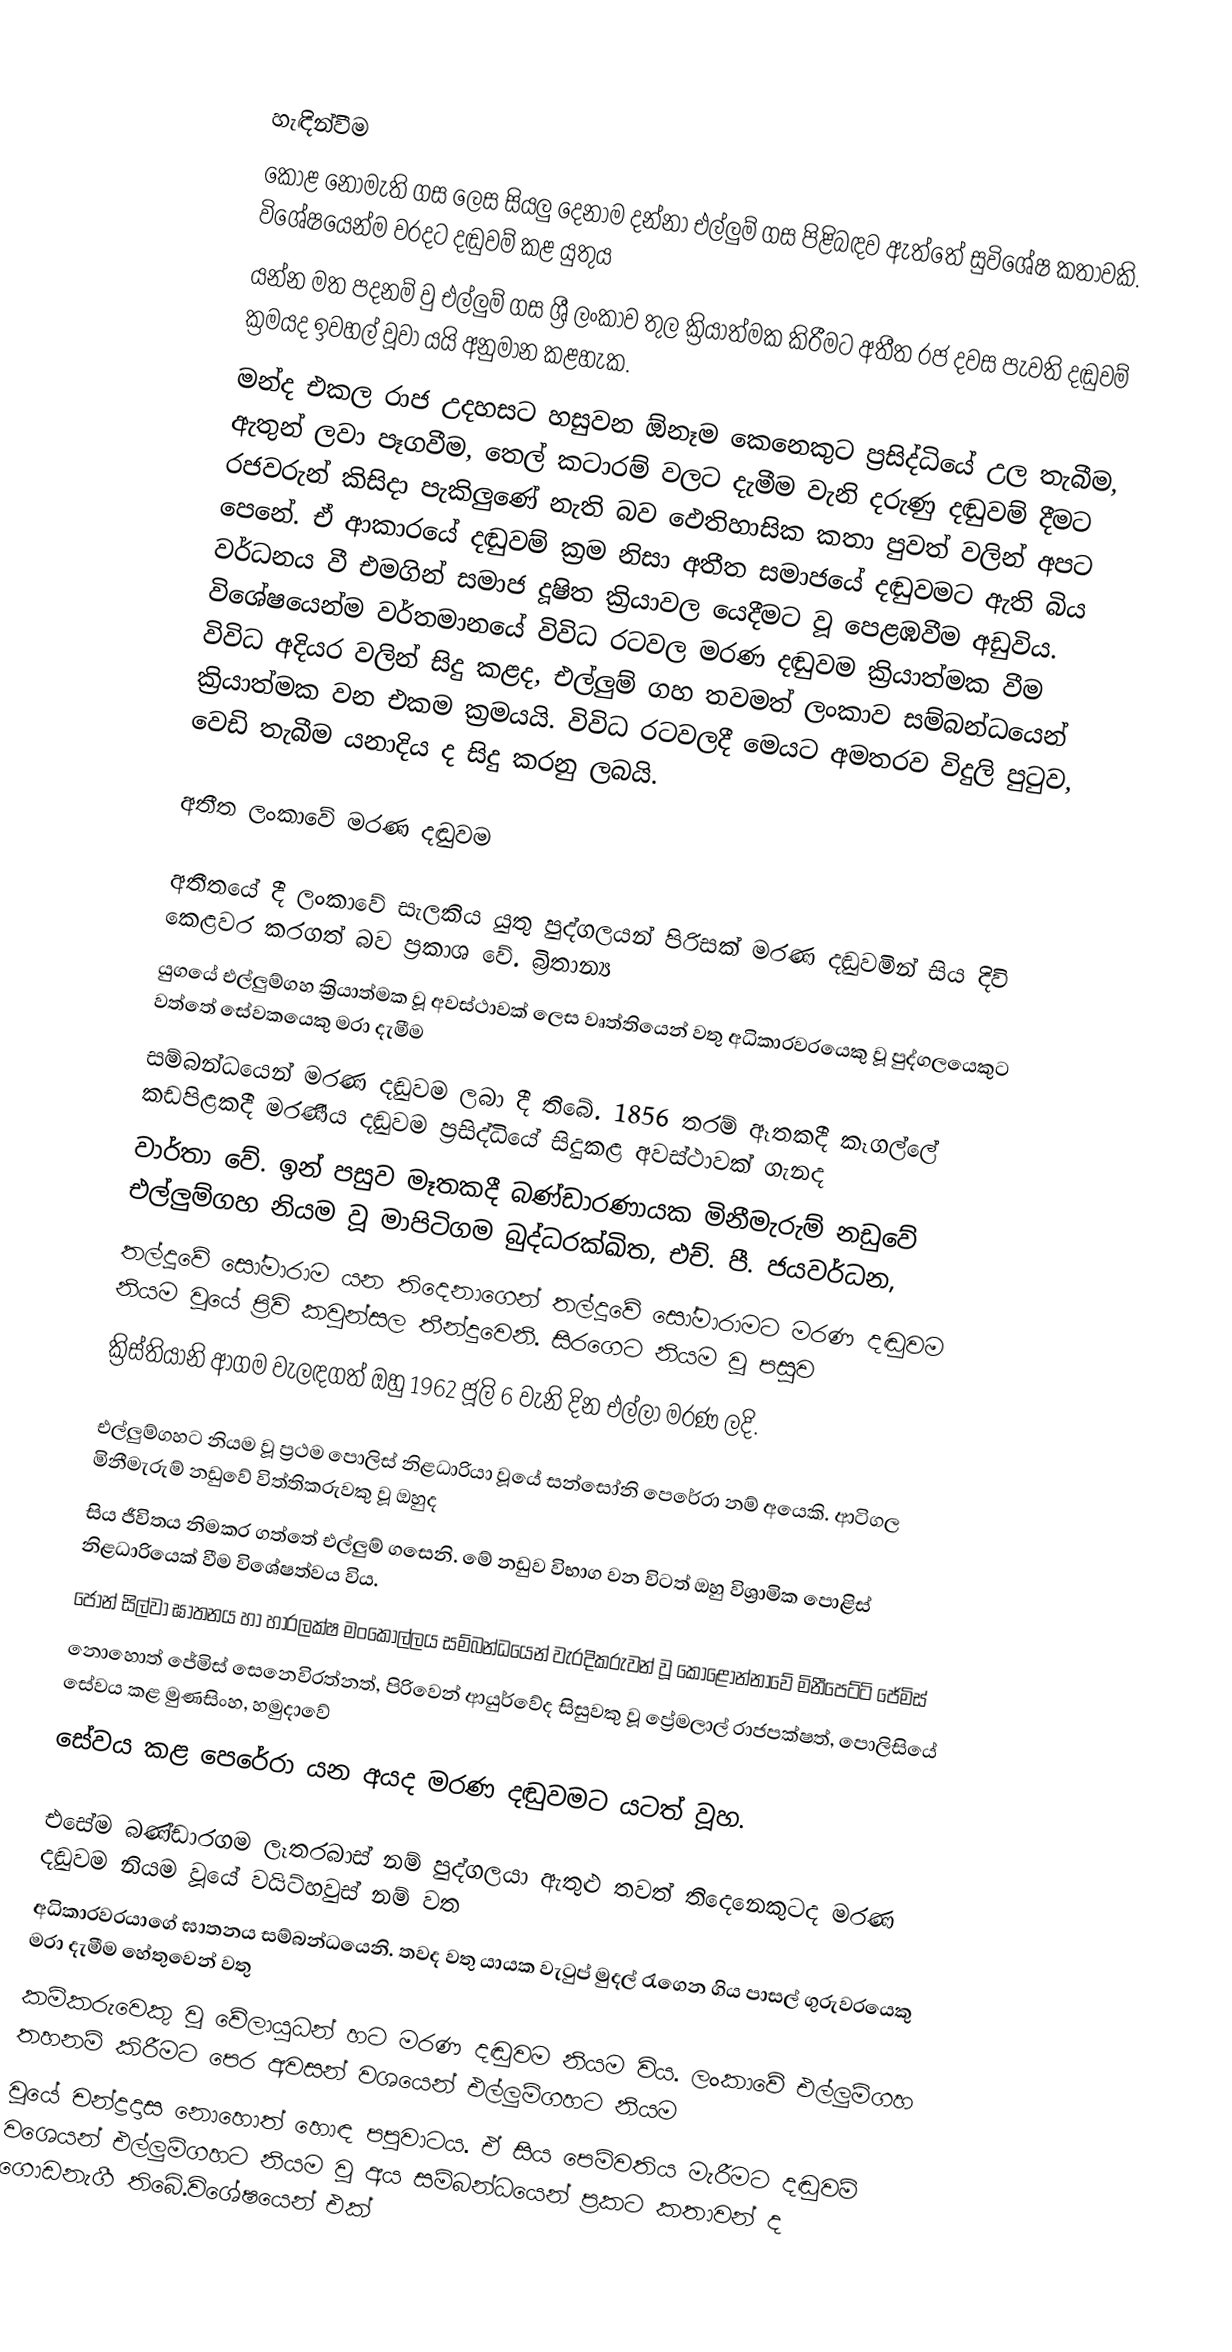

හැඳින්වීම
කොළ නොමැති ගස ලෙස සියලු දෙනාම දන්නා එල්ලුම් ගස පිළිබඳව ඇත්තේ සුවිශේෂ  කතාවකි. විශේෂයෙන්ම වරදට දඬුවම් කළ යුතුය
යන්න මත පදනම් වු එල්ලුම් ගස ශ්‍රී ලංකාව තුල ක්‍රියාත්මක කිරීමට අතීත රජ දවස පැවති දඬුවම් ක්‍රමයද ඉවහල් වූවා යයි අනුමාන කළහැක.
මන්ද එකල රාජ උදහසට හසුවන ඕනෑම කෙනෙකුට ප්‍රසිද්ධියේ උල තැබීම, ඇතුන් ලවා පෑගවීම, තෙල් කටාරම් වලට දැමීම වැනි දරුණු දඬුවම් දීමට රජවරුන් කිසිදා පැකිලුණේ නැති බව ඵෙතිහාසික කතා පුවත් වලින් අපට පෙනේ. ඒ ආකාරයේ දඬුවම් ක්‍රම නිසා අතීත සමාජයේ දඬුවමට ඇති බිය වර්ධනය වී එමගින් සමාජ දූෂිත ක්‍රියාවල යෙදීමට වූ පෙළඹවීම අඩුවිය. විශේෂයෙන්ම වර්තමානයේ විවිධ රටවල මරණ දඬුවම ක්‍රියාත්මක වීම විවිධ අදියර වලින් සිදු කළද, එල්ලුම් ගහ තවමත් ලංකාව සම්බන්ධයෙන් ක්‍රියාත්මක වන එකම ක්‍රමයයි. විවිධ රටවලදී මෙයට අමතරව විදුලි පුටුව, වෙඩි තැබීම යනාදිය ද සිදු කරනු ලබයි.

අතීත ලංකාවේ මරණ දඬුවම

අතීතයේ දී ලංකාවේ සැලකිය යුතු පුද්ගලයන් පිරිසක් මරණ දඬුවමින් සිය දිවි කෙළවර කරගත් බව ප්‍රකාශ වේ. බ්‍රිතාන්‍ය
යුගයේ එල්ලුම්ගහ ක්‍රියාත්මක වූ අවස්ථාවක් ලෙස වෘත්තියෙන් වතු අධිකාරවරයෙකු වූ පුද්ගලයෙකුට වත්තේ ‍සේවකයෙකු මරා දැමීම
සම්බන්ධයෙන් මරණ දඬුවම ලබා දී තිබේ. 1856 තරම් ඈතකදී කෑගල්ලේ  කඩපිළකදී මරණීය දඬුවම ප්‍රසිද්ධියේ සිදුකළ අවස්ථාවක් ගැනද
වාර්තා වේ. ඉන් පසුව මෑතකදී බණ්ඩාරණායක මිනීමැරුම් නඩුවේ එල්ලුම්ගහ නියම වූ මාපිටිගම බුද්ධරක්ඛිත, එච්. පී. ජයවර්ධන,
තල්දූවේ සෝමාරාම යන තිදෙනාගෙන් තල්දූවේ සෝමාරාමට මරණ දඬුවම නියම වූයේ ප්‍රිවි කවුන්සල තීන්දුවෙනි. සිරගෙට නියම වූ පසුව
ක්‍රිස්තියානි ආගම වැලඳගත් ඔහු 1962 ජූලි 6 වැනි දින එල්ලා මරණ ලදි.

එල්ලුම්ගහට නියම වූ ප්‍රථම පොලිස් නිළධාරියා වූයේ සන්සෝනි පෙරේරා නම් අයෙකි. ආටිගල මිනීමැරුම් නඩුවේ විත්තිකරුවකු වූ ඔහුද
සිය ජීවිතය නිමකර ගත්තේ එල්ලුම් ගසෙනි. මේ නඩුව විභාග වන විටත් ඔහු විශ්‍රාමික පොළිස් නිළධාරියෙක් වීම විශේෂත්වය විය.
ජෝන් සිල්වා ඝාතනය හා හාරලක්ෂ මංකොල්ලය සම්බන්ධයෙන් වැරදිකරුවන් වූ කොළොන්නාවේ මිනීපෙට්ටි ජේමිස්
නොහොත් ජේමිස් සෙනෙවිරත්නත්, පිරිවෙන් ආයුර්වේද සිසුවකු වූ ප්‍රේමලාල් රාජපක්ෂත්, පොලිසියේ සේවය කළ මුණසිංහ, හමුදාවේ
සේවය කළ පෙරේරා යන අයද මරණ දඬුවමට යටත් වූහ.

එසේම බණ්ඩාරගම ලෑතරබාස් නම් පුද්ගලයා ඇතුළු තවත් තිදෙනෙකුටද මරණ දඬුවම නියම වූයේ වයිට්හවුස් නම් වත
අධිකාරවරයාගේ ඝාතනය සම්බන්ධයෙනි. තවද වතු යායක වැටුප් මුදල් රැගෙන ගිය පාසල් ගුරුවරයෙකු මරා දැමීම  හේතුවෙන් වතු
කම්කරුවෙකු වූ වේලායුධන් හට මරණ දඬුවම නියම විය. ලංකාවේ එල්ලුම්ගහ තහනම් කිරීමට පෙර අවසන් වශයෙන් එල්ලුම්ගහට නියම
වූයේ චන්ද්‍රදාස නොහොත් හොඳ පපුවාටය. ඒ සිය පෙම්වතිය මැරීමට දඬුවම් වශෙයන් එල්ලුම්ගහට  නියම වූ අය සම්බන්ධයෙන් ප්‍රකට කතාවන් ද ගොඩනැගී තිබේ.විශේෂයෙන් එක්